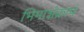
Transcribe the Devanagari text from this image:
भिमाशंक्रापं